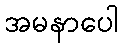
အမနာပေါ